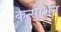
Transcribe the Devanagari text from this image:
कन्सेप्शन